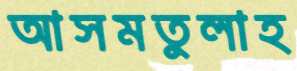
আসমতুলাহ